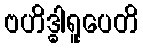
ဗဟိဒ္ဓါရူပေတိ